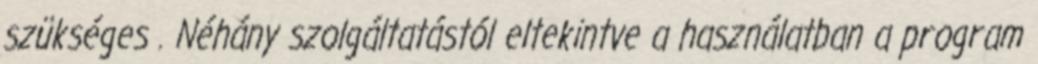
szükséges . Néhány szolgáltatástól eltekintve a használatban a program